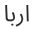
اربا